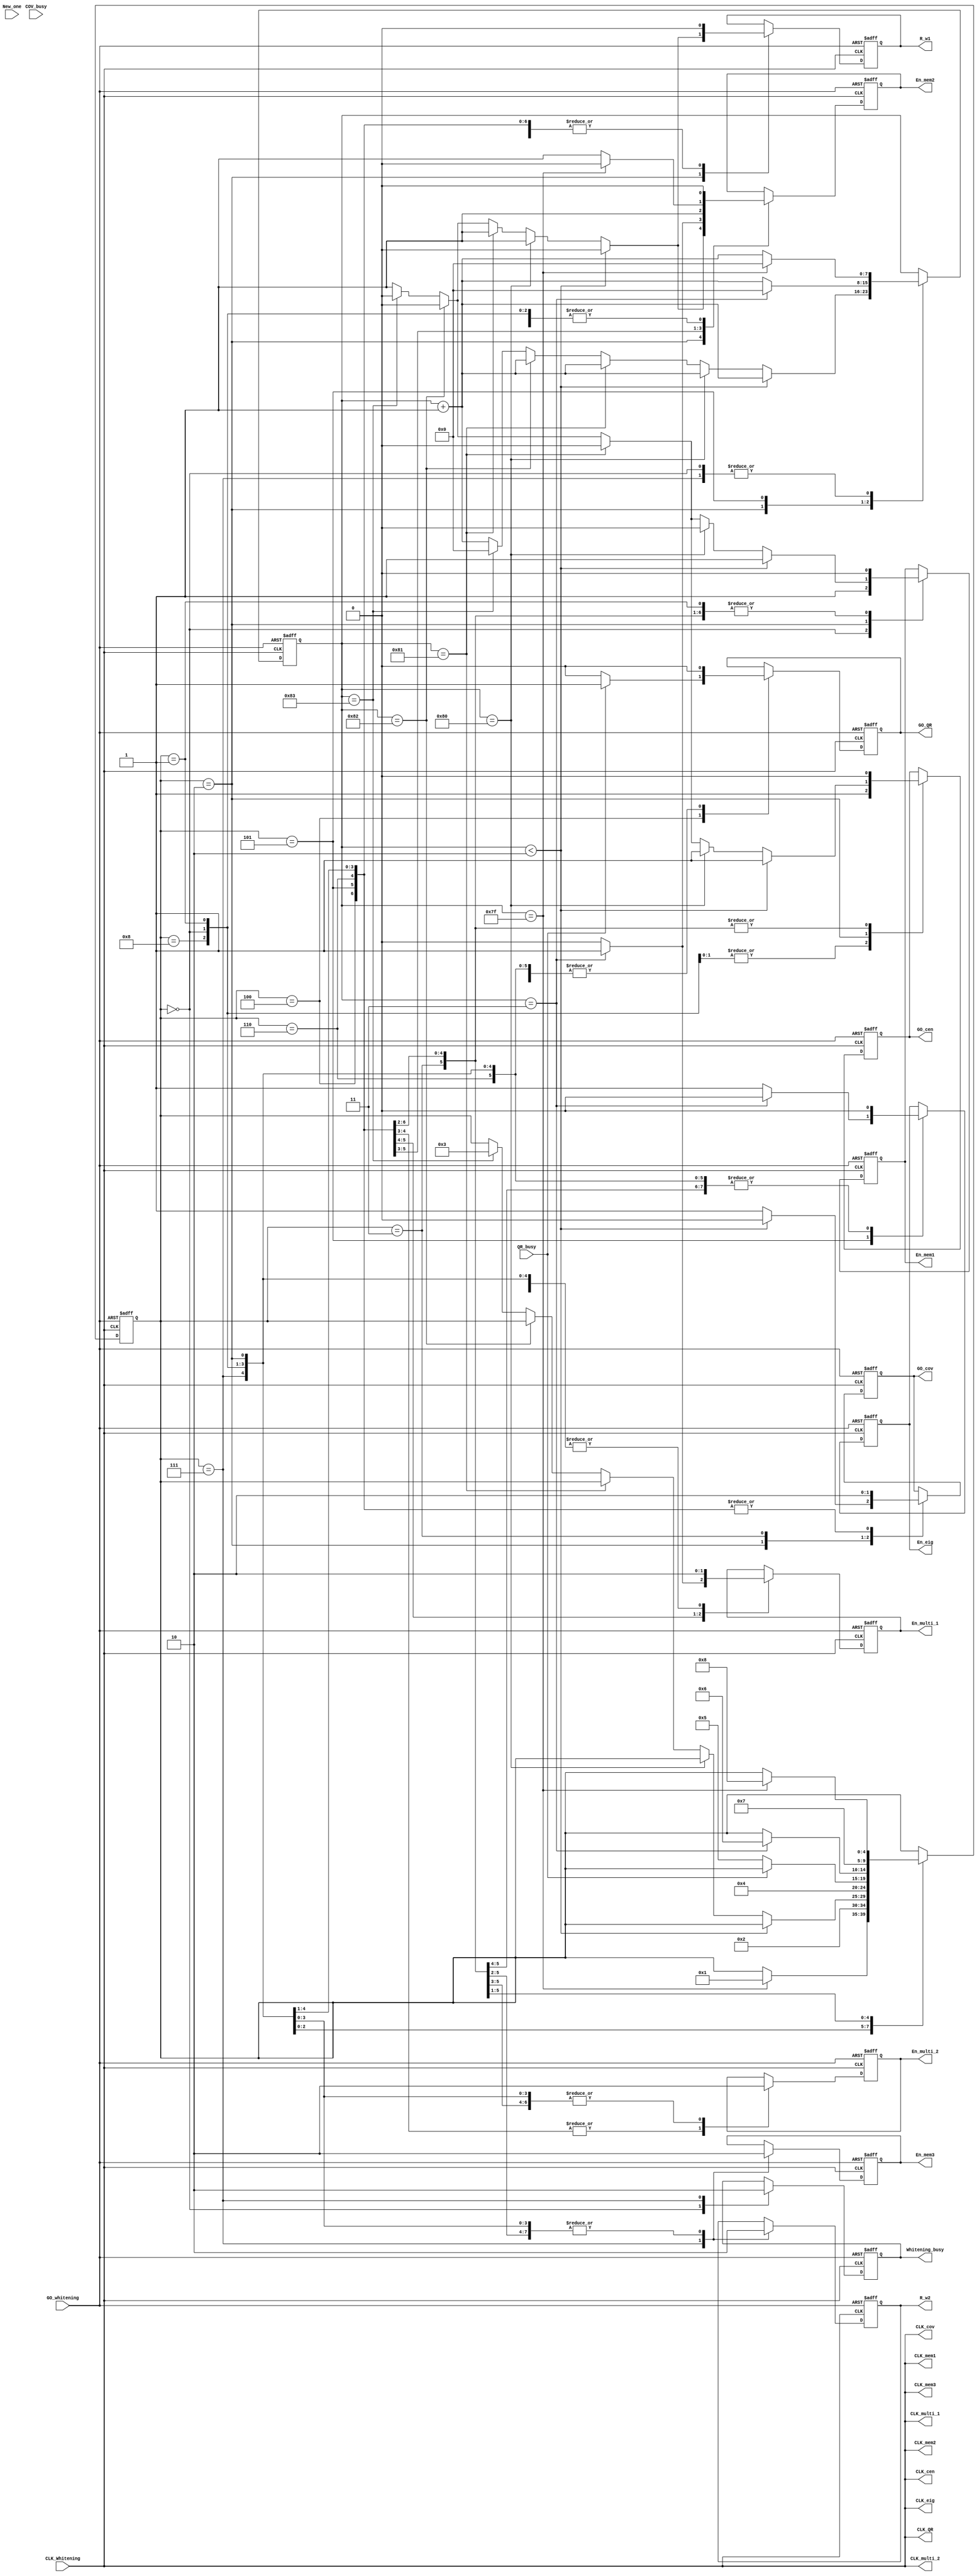
module WhiteningController(
	input wire GO_whitening,
	input wire CLK_Whitening,
	input wire New_one,
	
	input wire 	COV_busy,
	input wire  QR_busy,
	// input reg  CEN_busy,
	
	output reg  Whitening_busy,
	
	output reg	En_mem1,
	output reg	GO_cen,
	output reg	En_mem2,
	output reg	En_mem3,
	output reg	GO_cov,
	output reg	GO_QR,
	output reg	En_multi_1,
	output reg	En_multi_2,
	output reg  En_eig,

	output reg R_w1,
	output reg R_w2,

	output  CLK_mem1,
	output  CLK_cen,
	output  CLK_mem2,
	output  CLK_cov,
	output  CLK_QR,
	output  CLK_multi_1,
	output  CLK_multi_2,
	output  CLK_eig,
	output  CLK_mem3
	
);

assign CLK_mem1 = CLK_Whitening;
assign CLK_cen  = CLK_Whitening;
assign CLK_mem2 = CLK_Whitening;
assign CLK_mem3 = CLK_Whitening;
assign CLK_cov = CLK_Whitening;
assign CLK_QR = CLK_Whitening;
assign CLK_multi_1 = CLK_Whitening;
assign CLK_multi_2 = CLK_Whitening;
assign CLK_eig = CLK_Whitening;

parameter S0=5'd0, S1=5'd1, S2=5'd2, S3=5'd3, S4=5'd4, S5=5'd5, S6=5'd6, S7=5'd7, S8=5'd8, S9=5'd9, S10=5'd10;
reg [4:0] state;
reg [7:0] cnt;

always @(posedge CLK_Whitening or negedge GO_whitening) begin
	if(!GO_whitening) begin
		state <= S0;
		cnt<=0;
		En_mem1 <= 0;
		GO_cen <= 0;
		En_mem2<= 0;
		GO_cov<= 0;
		GO_QR<= 0;
		En_eig<=0;
		En_multi_1<= 0;
		En_multi_2<= 0;
		En_mem3<= 0;

		R_w1<=0;
		R_w2<=0;
		Whitening_busy<=0;
	end
	else begin
		case(state) 
			S0:	//SUM
				begin
					En_mem1 <= 1;
					GO_cen <= 1;
					En_mem2<= 0;
					GO_cov<= 0;
					GO_QR<= 0;
					En_eig<=0;
					En_multi_1<= 0;
					En_multi_2<= 0;	
					En_mem3<= 0;
					R_w1<=0;
					R_w2<=0;
					Whitening_busy<=1;
					if(cnt ==8'd127) begin
						cnt<=0;
						state <= S1;
					end
					else begin
						cnt<=cnt+1'b1;
					end
				end
			S1:	//DIV
				begin
					state<=S2;
					En_mem1 <= 0;
					GO_cen <= 1;
					En_mem2<= 0;
					GO_cov<= 0;
					GO_QR<= 0;
					En_eig<=0;
					En_multi_1<= 0;
					En_multi_2<= 0;
					En_mem3<= 0;
					R_w1<=0;
					R_w2<=0;
				end	
			S2:	//SUB and COV
				begin
					if(cnt < 8'd2) begin
						En_mem1 <= 1;
						GO_cen <= 1;
						En_mem2<= 0;
						GO_cov<= 0;
						GO_QR<= 0;
						En_eig<=0;
						En_multi_1<= 0;
						En_multi_2<= 0;
						En_mem3<= 0;
						R_w1<=0;
						R_w2<=0;
						cnt<=cnt+1'b1;
					end 
					else if(cnt == 8'd128) begin
						cnt<= cnt+1'b1;
						En_mem1 <= 0;
						GO_cen <= 1;
						En_mem2<= 1;
						GO_cov<= 1;
						GO_QR<= 0;
						En_eig<=0;
						En_multi_1<= 0;
						En_multi_2<= 0;
						En_mem3<= 0;
						R_w1<=1;
						R_w2<=0;
					end 	//not Cen
					else if(cnt == 8'd129) begin
						cnt<=cnt+1'b1;	
						En_mem1 <= 0;
						GO_cen <= 0;
						En_mem2<= 1;
						GO_cov<= 1;
						GO_QR<= 0;
						En_eig<=0;
						En_multi_1<= 0;
						En_multi_2<= 0;
						En_mem3<= 0;	
						En_eig<=0;
						R_w1<=1;
						R_w2<=0;
					end 	
					else if(cnt == 8'd130) begin
						cnt<=cnt+1'b1;
						En_mem1 <= 0;
						GO_cen <= 0;
						En_mem2<= 0;
						GO_cov<= 1;
						GO_QR<= 0;
						En_eig<=0;
						En_multi_1<= 0;
						En_multi_2<= 0;
						En_mem3<= 0;	
						En_eig<=0;
						R_w1<=0;
						R_w2<=0;
					end
					else if(cnt ==8'd131) begin
						cnt<=0;
						En_mem1 <= 0;
						GO_cen <= 0;
						En_mem2<= 0;
						GO_cov<= 1;
						GO_QR<= 0;
						En_eig<=0;
						En_multi_1<= 0;
						En_multi_2<= 0;
						En_mem3<= 0;	
						En_eig<=0;
						R_w1<=0;
						R_w2<=0;
						state <= S3;
					end
					else begin
						En_mem1 <= 1;
						GO_cen <= 1;
						En_mem2<= 1;
						GO_cov<= 1;
						GO_QR<= 0;
						En_eig<=0;
						En_multi_1<= 0;
						En_multi_2<= 0;
						En_mem3<= 0;

						R_w1<=1;
						R_w2<=0;
						cnt<=cnt+1'b1;
					end
				end
			S3:	//23 
				begin
					state <= S4;
					En_mem1 <= 0;
					GO_cen <= 0;
					En_mem2<= 0;
					GO_cov<= 1;
					GO_QR<= 0;
					En_eig<=0;
					En_multi_1<= 0;
					En_multi_2<= 0;
					En_mem3<= 0;
					R_w1<=0;
					R_w2<=0;
				end
			S4:	//QR
				begin
					if(QR_busy==0) begin
						state <= S5;
						En_mem1 <= 0;
						GO_cen <= 0;
						En_mem2<= 0;
						GO_cov<= 0;
						GO_QR<=0;
						En_eig<=0;
						En_multi_1<= 0;
						En_multi_2<= 0;
						En_mem3<= 0;
						R_w1<=0;
						R_w2<=0;
					end
					else begin
						En_mem1 <= 0;
						GO_cen <= 0;
						En_mem2<= 0;
						GO_cov<= 0;
						GO_QR<= 1;
						En_eig<=0;
						En_multi_1<= 0;
						En_multi_2<= 0;
						En_mem3<= 0;
						R_w1<=0;
						R_w2<=0;
					end
				end
			S5:	
				begin //multi
					if(cnt==8'd3) begin
						cnt<=0;
						En_mem1 <= 0;
						GO_cen <= 0;
						En_mem2<= 1;
						GO_cov<= 0;
						GO_QR<= 0;
						En_eig<=0;
						En_multi_1<=1;
						En_multi_2<= 0;
						En_mem3<= 0;
						R_w1<=0;
						R_w2<=0;
						state<=S6;
					end
					else begin	//eig
						En_mem1 <= 0;
						GO_cen <= 0;
						En_mem2<= 0;
						GO_cov<= 0;
						GO_QR<= 0;
						En_eig<=1;
						En_multi_1<= 0;
						En_multi_2<= 0;
						En_mem3<= 0;
						R_w1<=0;
						R_w2<=0;
						cnt<=cnt+1'b1;
					end
				end	
			S6:	//multi for V
				begin
					state<=S7;
					En_mem1 <= 0;
					GO_cen <= 0;
					En_mem2<= 1;
					GO_cov<= 0;
					GO_QR<= 0;
					En_eig<=0;
					En_multi_1<= 1;
					En_multi_2<= 1;
					En_mem3<= 0;
					R_w1<=0;
					R_w2<=0;
				end	
			S7: //multi for Z
				begin
				    Whitening_busy<=0;
					if(cnt==8'd127) begin
						cnt<=0;
						state<=S8;
						En_mem1 <= 0;
						GO_cen <= 0;
						En_mem2<= 0;
						GO_cov<= 0;		
						GO_QR<= 0;
						En_eig<=0;
						En_multi_1<= 0;
						En_multi_2<= 1;
						En_mem3<= 1;
						R_w1<=0;
						R_w2<=1;
					end
					else begin
						En_mem1 <= 0;
						GO_cen <= 0;
						En_mem2<= 1;
						GO_cov<= 0;		
						GO_QR<= 0;
						En_eig<=0;
						En_multi_1<= 0;
						En_multi_2<= 1;
						En_mem3<= 1;
						R_w1<=0;
						R_w2<=1;
						cnt<=cnt+1'b1;
					end
				end	
			S8: //end
				begin
					En_mem1 <= 0;
					GO_cen <= 0;
					En_mem2<= 0;
					GO_cov<= 0;		
					GO_QR<= 0;
					En_eig<=0;
					En_multi_1<= 0;
					En_multi_2<= 0;
					En_mem3<= 0;
					R_w1<=0;
					R_w2<=0;
				end	
		endcase 
	end
end
endmodule